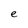
Character: e